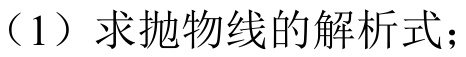
（1）求抛物线的解析式；